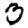
Digit: 3